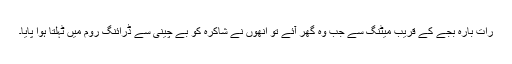
رات بارہ بجے کے قریب میٹنگ سے جب وہ گھر آئے تو اُنھوں نے شاکرہ کو بے چینی سے ڈرائنگ روم میں ٹہلتا ہوا پایا۔